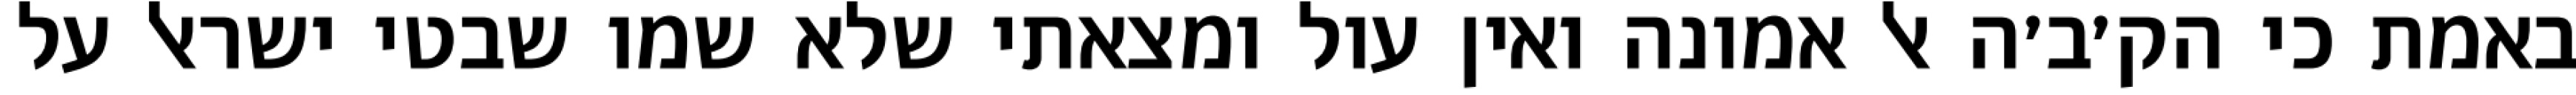
באמת כי הק׳ב׳ה אל אמונה ואין עול ומצאתי שלא שמו שבטי ישראל על